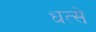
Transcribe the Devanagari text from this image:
धत्से